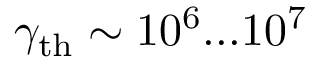
\gamma _ { \mathrm { t h } } \sim 1 0 ^ { 6 } . . . 1 0 ^ { 7 }